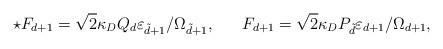
LaTeX: \begin{align*}\star F_{d+1}=\sqrt{2}\kappa_DQ_d\varepsilon_{\tilde{d}+1}/\Omega_{\tilde{d}+1}, \ \ \ \ \ F_{d+1}=\sqrt{2}\kappa_DP_{\tilde{d}}\varepsilon_{d+1}/\Omega_{d+1},\end{align*}